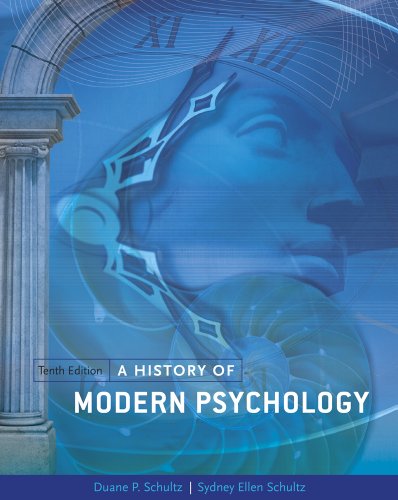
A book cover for A History of Modern Psychology (PSY 310 History and Systems of Psychology); Duane P. Schultz; Medical Books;